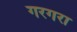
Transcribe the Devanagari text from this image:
गरगरा